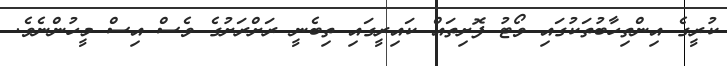
ކުރީގެ އިންތިހާބުތަކުގައި ވޯޓު ފޮށިތައް ކައިރީގައި ތިބެނީ ރަށްރަށުގެ ވެސް އިސް މީހުންނެވެ.